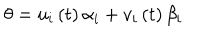
LaTeX: \theta = u _ { i } \left( t \right) \alpha _ { i } + v _ { i } \left( t \right) \beta _ { i }